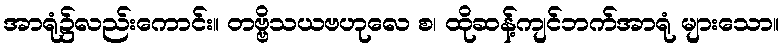
အာရုံ၌လည်းကောင်း။ တဗ္ဗိသယဗဟုလေ စ၊ ထိုဆန့်ကျင်ဘက်အာရုံ များသော။